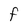
Character: F